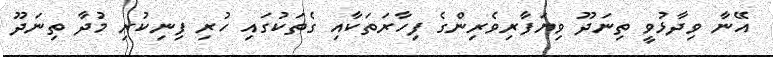
އޭނާ ވިދާޅުވީ ތިނަދޫ ވިޔަފާރިވެރިންގެ ފިހާރަތަކާއި ގެތަކުގައި ހުރި ފިނިކުރި މުދާ ތިނަދޫ